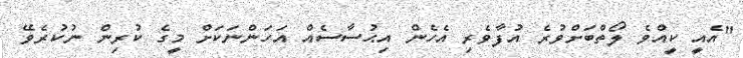
"އެއީ ކީއްވެ ލޯތްބަށްވުރެ އުފާވެރި އެހެން އިޙުސާސެއް އަހަންނަކަށް މީގެ ކުރިން ނުކުރެވޭ